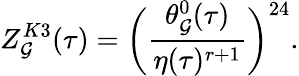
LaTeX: Z_{\cal G}^{K3}(\tau)=\biggl(\frac{\theta_{\cal G}^{0}(\tau)}{\eta(\tau)^{r+1}}\biggr)^{24}.